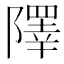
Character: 𨼸